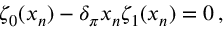
\zeta _ { 0 } ( x _ { n } ) - \delta _ { \pi } x _ { n } \zeta _ { 1 } ( x _ { n } ) = 0 \, ,